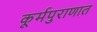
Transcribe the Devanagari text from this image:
कूर्मपुराणात